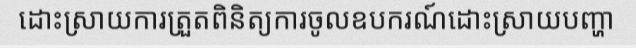
ដោះស្រាយការត្រួតពិនិត្យការចូលឧបករណ៍ដោះស្រាយបញ្ហា